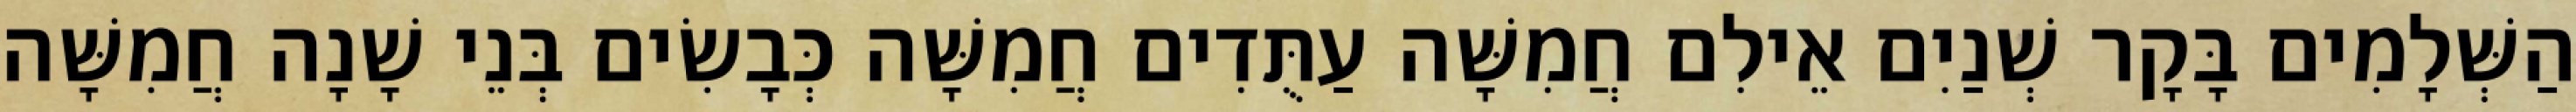
הַשְּׁלָמִים בָּקָר שְׁנַיִם אֵילִם חֲמִשָּׁה עַתֻּדִים חֲמִשָּׁה כְּבָשִׂים בְּנֵי שָׁנָה חֲמִשָּׁה